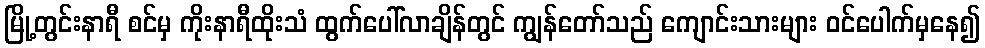
မြို့တွင်းနာရီ စင်မှ ကိုးနာရီထိုးသံ ထွက်ပေါ်လာချိန်တွင် ကျွန်တော်သည် ကျောင်းသားများ ဝင်ပေါက်မှနေ၍